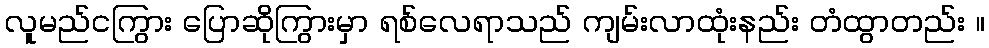
လူမည်ငကြွား ပြောဆိုကြွားမှာ ရစ်လေရာသည် ကျမ်းလာထုံးနည်း တံထွာတည်း ။